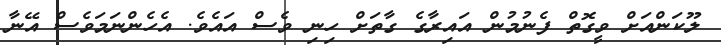
ލޫކަންއަށް ވީގޮތް ފެނުމުން އައިރާގެ ގާތަށް ހިނި ވެސް އައެވެ. އެހެންނަމަވެސް އޭނާ